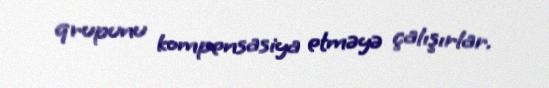
qrupunu kompensasiya etməyə çalışırlar.